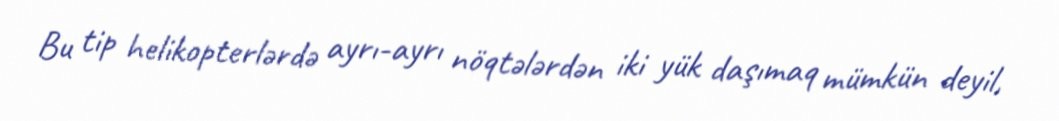
Bu tip helikopterlərdə ayrı-ayrı nöqtələrdən iki yük daşımaq mümkün deyil,